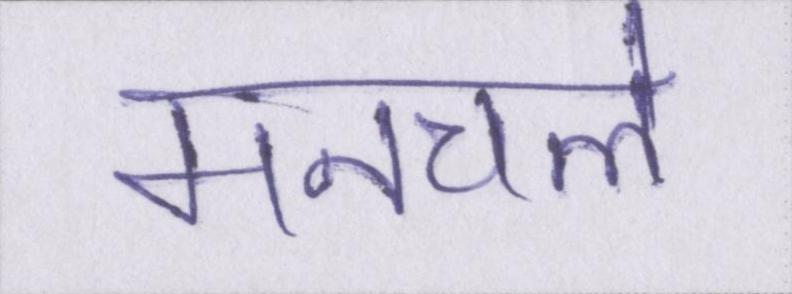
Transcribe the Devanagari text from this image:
मनचले